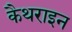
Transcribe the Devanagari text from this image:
कैथराइन